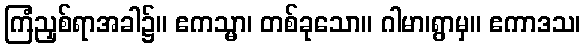
ကြံညှစ်ရာအခါ၌။ ဧကသ္မာ၊ တစ်ခုသော။ ဂါမာ၊ရွာမှ။ ဧကာဒသ၊